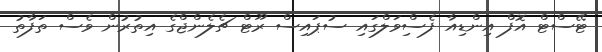
ޓޭސްޓް އޮފް އިންޑިއާ ފެސްިވަލްގައި ސުޕައިސް ރޫޓް ޗެލެންޖްގެ އިތުރުން ވެސް ތަފާތު